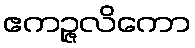
ဧကဉ္ဇလိကော